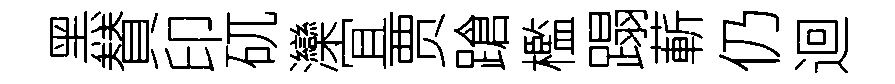
黑賛印矹灤宜贾蹌檻蹋蔪仍迴